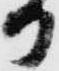
か